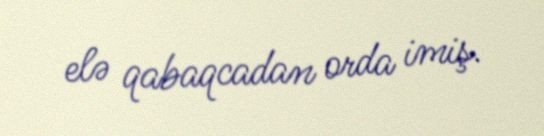
elə qabaqcadan orda imiş.